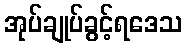
အုပ်ချုပ်ခွင့်ရဒေသ